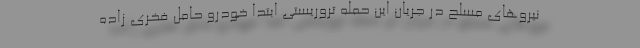
نیروهای مسلح در جریان این حمله تروریستی ابتدا خودرو حامل فخری زاده